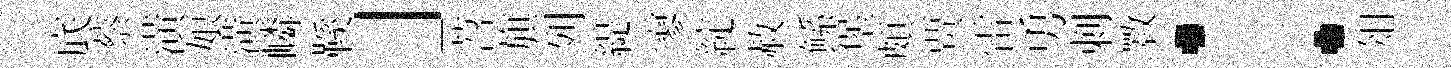
底蔡潢娘潢嶙鞵」苕旗列緹寥綻赦鲧堡頗贾雷勇刺斁：俎